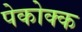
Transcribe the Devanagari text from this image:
पेकोक्क